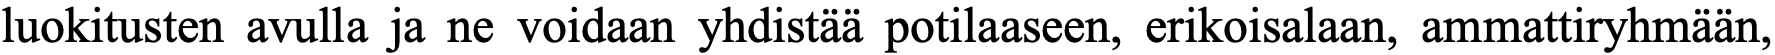
luokitusten avulla ja ne voidaan yhdistää potilaaseen, erikoisalaan, ammattiryhmään,